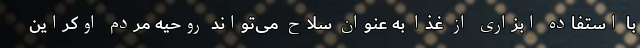
با استفاده ابزاری از غذا به عنوان سلاح می‌تواند روحیه مردم اوکراین